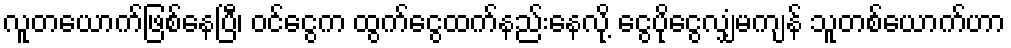
လူတယောက်ဖြစ်နေပြီ၊ ဝင်ငွေက ထွက်ငွေထက်နည်းနေလို့ ငွေပိုငွေလျှံမကျန် သူတစ်ယောက်ဟာ